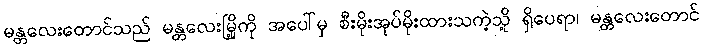
မန္တလေးတောင်သည် မန္တလေးမြို့ကို အပေါ်မှ စီးမိုးအုပ်မိုးထားသကဲ့သို့ ရှိပေရာ၊ မန္တလေးတောင်